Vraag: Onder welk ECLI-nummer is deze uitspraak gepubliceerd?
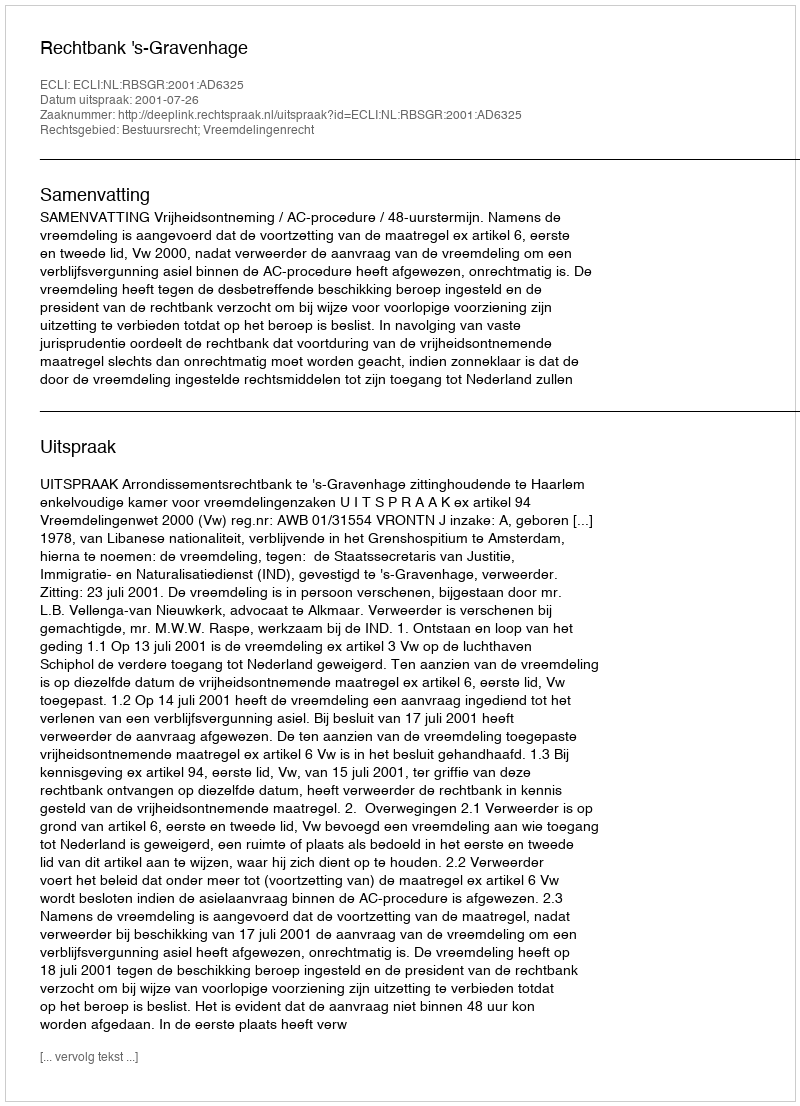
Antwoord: ECLI:NL:RBSGR:2001:AD6325